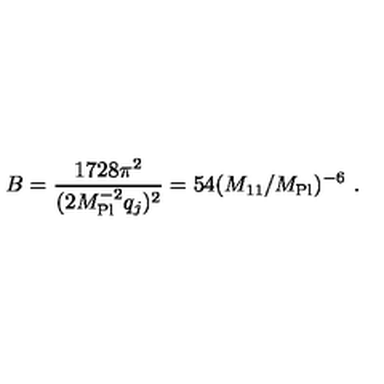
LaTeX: B = \frac { 1 7 2 8 \pi ^ { 2 } } { ( 2 M _ { \mathrm { P l } } ^ { - 2 } q _ { j } ) ^ { 2 } } = 5 4 ( M _ { 1 1 } / M _ { \mathrm { P l } } ) ^ { - 6 } \ .